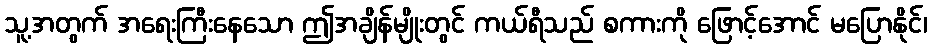
သူ့အတွက် အရေးကြီးနေသော ဤအချိန်မျိုးတွင် ကယ်ရီသည် စကားကို ဖြောင့်အောင် မပြောနိုင်၊